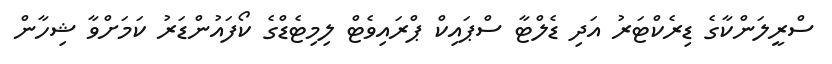
ސްރީލަންކާގެ ޑިރެކްޓަރު އަދި ޑެލްޓާ ސްޕައިކް ޕްރައިވެޓް ލިމިޓެޑްގެ ކޯފައުންޑަރު ކަމަށްވާ ޝިހާން